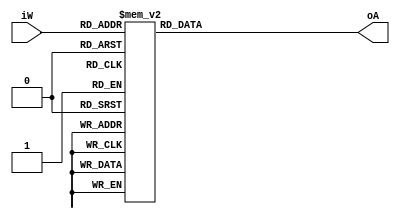
module add3_ge5(iW,oA);

 input [3:0] iW; 
 output reg [3:0] oA;  
 
	always @ (iW)
		case (iW) 
		//****** input <5, pass to output unchanged ******
			4'b0000: oA <= 4'b0000; 
			4'b0001: oA <= 4'b0001; 
			4'b0010: oA <= 4'b0010; 
			4'b0011: oA <= 4'b0011; 
			4'b0100: oA <= 4'b0100;
			
		//****** input >=5, output = input + 3	******	
			4'b0101: oA <= 4'b1000; 
			4'b0110: oA <= 4'b1001; 
			4'b0111: oA <= 4'b1010; 
			4'b1000: oA <= 4'b1011; 
			4'b1001: oA <= 4'b1100;
			4'b1010: oA <= 4'b1101;	
			4'b1011: oA <= 4'b1110;	
			4'b1100: oA <= 4'b1111;	
			default: oA <= 4'b0000; // oA cannot be 13 or larger, else overflow
		endcase 
endmodule